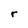
Character: r